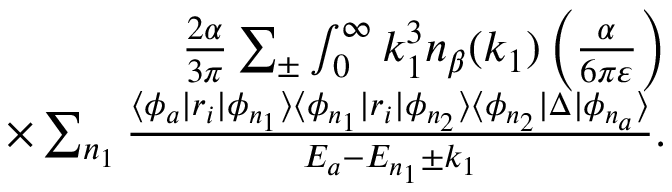
\begin{array} { r } { \frac { 2 \alpha } { 3 \pi } \sum _ { \pm } \int _ { 0 } ^ { \infty } k _ { 1 } ^ { 3 } n _ { \beta } ( k _ { 1 } ) \left( \frac { \alpha } { 6 \pi \varepsilon } \right) } \\ { \times \sum _ { n _ { 1 } } \frac { \langle \phi _ { a } | r _ { i } | \phi _ { n _ { 1 } } \rangle \langle \phi _ { n _ { 1 } } | r _ { i } | \phi _ { n _ { 2 } } \rangle \langle \phi _ { n _ { 2 } } | \Delta | \phi _ { n _ { a } } \rangle } { E _ { a } - E _ { n _ { 1 } } \pm k _ { 1 } } . } \end{array}